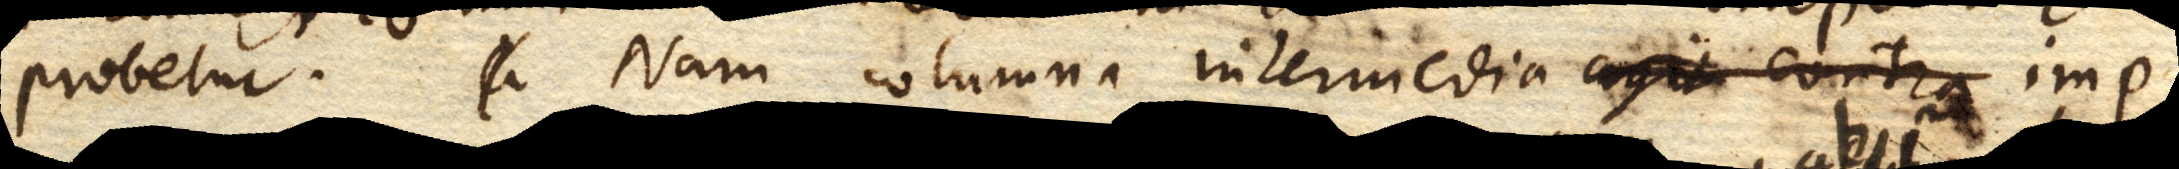
probetur. Nam columna intermedia agit contra imp